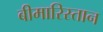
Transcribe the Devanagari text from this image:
बीमारिस्तान